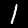
Digit: 1